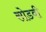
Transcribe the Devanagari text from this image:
सोडवी